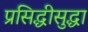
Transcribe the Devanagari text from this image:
प्रसिद्धीसुद्धा